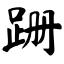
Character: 跚